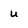
Character: u